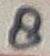
Text: 8